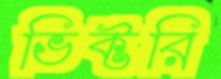
ভিক্টরি